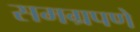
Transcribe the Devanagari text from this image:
समग्रपणे